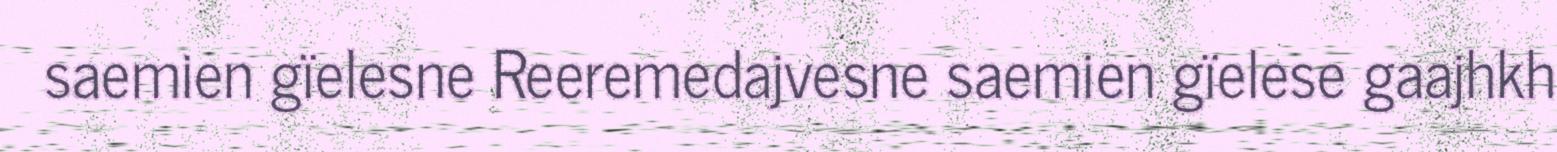
saemien gïelesne Reeremedajvesne saemien gïelese gaajhkh